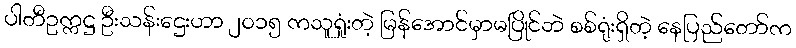
ပါတီဥက္ကဋ္ဌ ဦးသန်းဌေးဟာ ၂၀၁၅ ကသူရှုံးတဲ့ မြန်အောင်မှာမပြိုင်ဘဲ စစ်ရုံးရှိတဲ့ နေပြည်တော်က